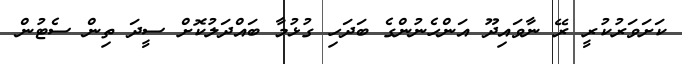
ކަށަވަރުކުރީ ރޭ ނާވައިދޫ އަންހެނުންގެ ބަދަހި ގުޅުމާ ބައްދަލުކޮށް ސީދަ ތިން ސެޓުން